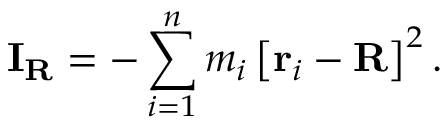
\mathbf { I } _ { \mathbf { R } } = - \sum _ { i = 1 } ^ { n } m _ { i } \left[ \mathbf { r } _ { i } - \mathbf { R } \right] ^ { 2 } .